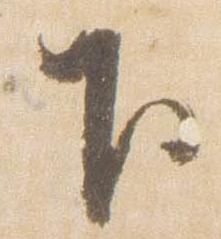
下